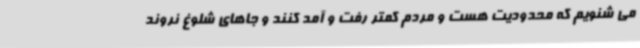
می شنویم که محدودیت هست و مردم کمتر رفت و آمد کنند و جاهای شلوغ نروند